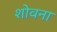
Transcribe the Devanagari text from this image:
शोवना